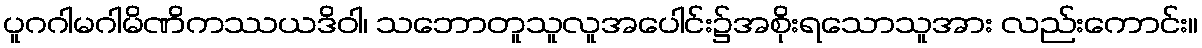
ပူဂဂါမဂါမိဏိကဿယဒိဝါ၊ သဘောတူသူလူအပေါင်း၌အစိုးရသောသူအား လည်းကောင်း။